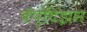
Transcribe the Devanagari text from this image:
बॅप्टिझम